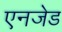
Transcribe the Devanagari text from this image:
एनजेड